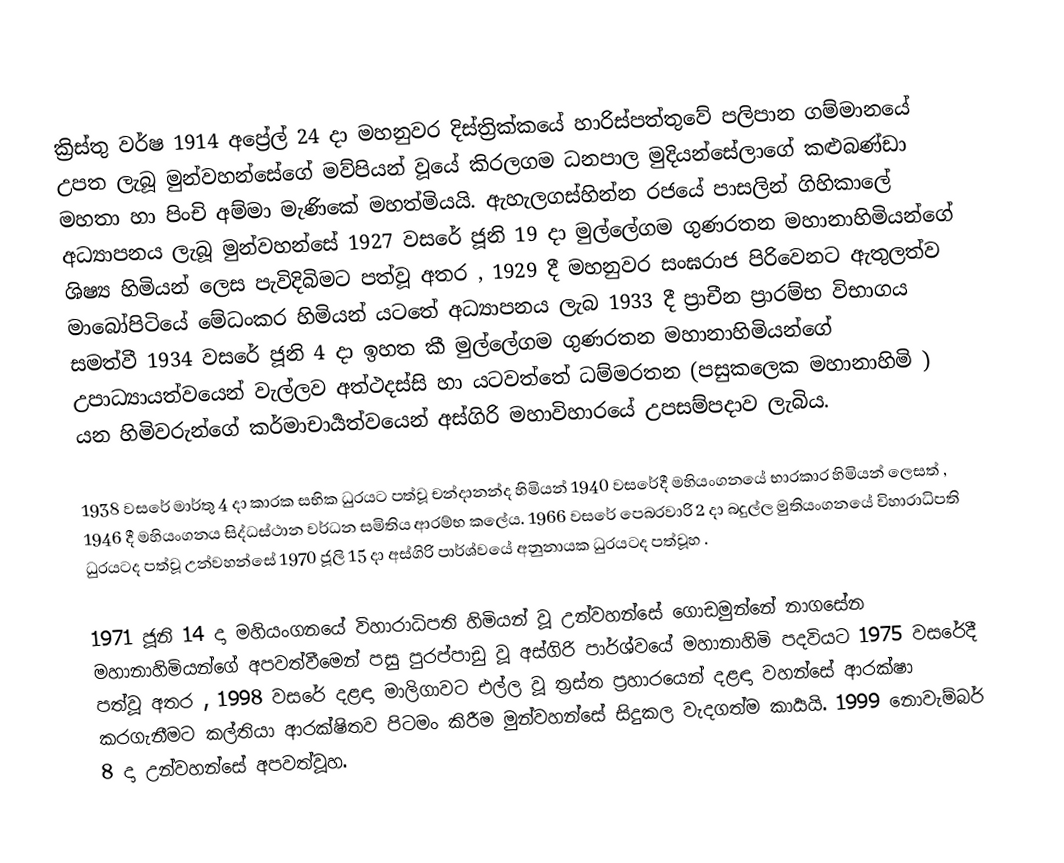
ක්‍රිස්තු වර්ෂ 1914 අප්‍රේල් 24 දා මහනුවර දිස්ත්‍රික්කයේ හාරිස්පත්තුවේ පලිපාන ගම්මානයේ උපත ලැබූ මුන්වහන්සේගේ මව්පියන් වූයේ කිරලගම ධනපාල මුදියන්සේලාගේ කළුබණ්ඩා මහතා හා පිංචි අම්මා මැණිකේ මහත්මියයි. ඇහැලගස්හින්න රජයේ පාසලින් ගිහිකාලේ අධ්‍යාපනය ලැබූ මුන්වහන්සේ 1927 වසරේ ජූනි 19 දා මුල්ලේගම ගුණරතන මහානාහිමියන්ගේ ශිෂ්‍ය හිමියන් ලෙස පැවිදිබිමට පත්වූ අතර , 1929 දී මහනුවර සංඝරාජ පිරිවෙනට ඇතුලත්ව මාබෝපිටියේ මේධංකර හිමියන් යටතේ අධ්‍යාපනය ලැබ 1933 දී ප්‍රාචීන ප්‍රාරම්භ විභාගය සමත්වී 1934 වසරේ ජූනි 4 දා ඉහත කී මුල්ලේගම ගුණරතන මහානාහිමියන්ගේ උපාධ්‍යායත්වයෙන් වැල්ලව අත්ථදස්සි හා යටවත්තේ ධම්මරතන (පසුකලෙක මහානාහිමි ) යන හිමිවරුන්ගේ කර්මාචාර්‍යත්වයෙන්  අස්ගිරි මහාවිහාරයේ උපසම්පදාව ලැබිය.

1938 වසරේ මාර්තු 4 දා කාරක සභික ධුරයට පත්වූ චන්දානන්ද හිමියන් 1940 වසරේදී මහියංගනයේ භාරකාර හිමියන් ලෙසත් , 1946 දී මහියංගනය සිද්ධස්ථාන වර්ධන සමිතිය ආරම්භ කලේය. 1966 වසරේ පෙබරවාරි 2 දා බදුල්ල මුතියංගනයේ විහාරාධිපති ධුරයටද පත්වූ උන්වහන්සේ 1970 ජූලි 15 දා අස්ගිරි පාර්ශ්වයේ අනුනායක ධුරයටද පත්වූහ .

1971 ජූනි 14 දා මහියංගනයේ විහාරාධිපති හිමියන් වූ උන්වහන්සේ ගොඩමුන්නේ නාගසේන මහානාහිමියන්ගේ අපවත්වීමෙන් පසු පුරප්පාඩු වූ අස්ගිරි පාර්ශ්වයේ මහානාහිමි පදවියට 1975 වසරේදී පත්වූ අතර , 1998 වසරේ දළඳා මාලිගාවට එල්ල වූ ත්‍රස්ත ප්‍රහාරයෙන් දළඳා වහන්සේ  ආරක්ෂා කරගැනීමට කල්තියා ආරක්ෂිතව පිටමං කිරීම මුන්වහන්සේ සිදුකල වැදගත්ම කාර්‍යයි. 1999 නොවැම්බර් 8 දා උන්වහන්සේ අපවත්වූහ.